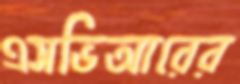
এসভিআরের